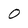
Character: 0